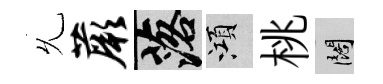
𠃔蕨落澒桃闊